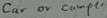
Text: Car or comper